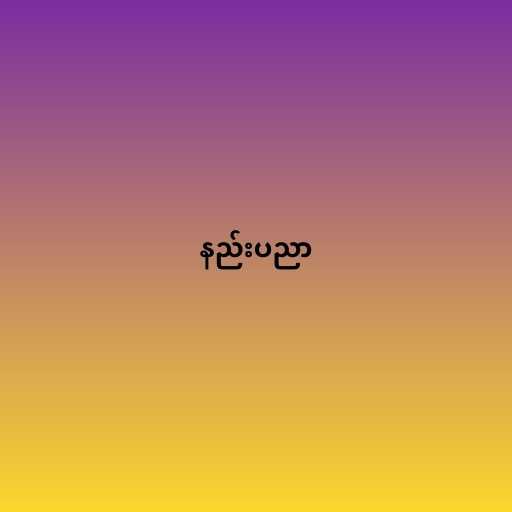
နည်းပညာ